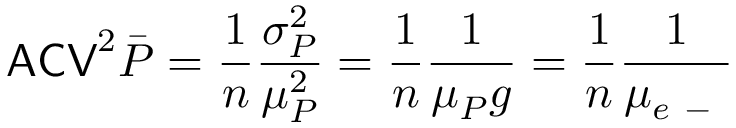
\mathsf { A C V } ^ { 2 } \bar { P } = \frac { 1 } { n } \frac { \sigma _ { P } ^ { 2 } } { \mu _ { P } ^ { 2 } } = \frac { 1 } { n } \frac { 1 } { \mu _ { P } g } = \frac { 1 } { n } \frac { 1 } { \mu _ { e \mathrm { ~ - ~ } } }